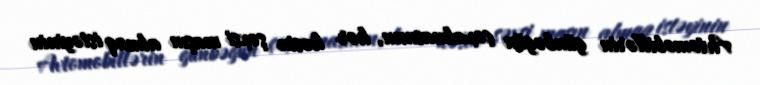
Avtomobillərin günbəgün çoxalmasının, hər kəsin şəxsi maşın almaq istəyinin